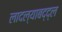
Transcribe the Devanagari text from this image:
लादल्याबद्द्ल